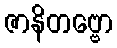
ဇာနိတဗ္ဗော